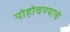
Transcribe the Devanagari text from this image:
पोहोचण्‍याचे